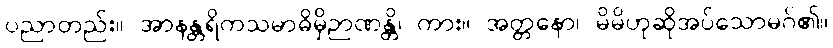
ပညာတည်း။ အာနန္တရိကသမာဓိမှိဉာဏန္တိ၊ ကား။ အတ္တနော၊ မိမိဟုဆိုအပ်သောမဂ်၏။